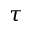
\tau